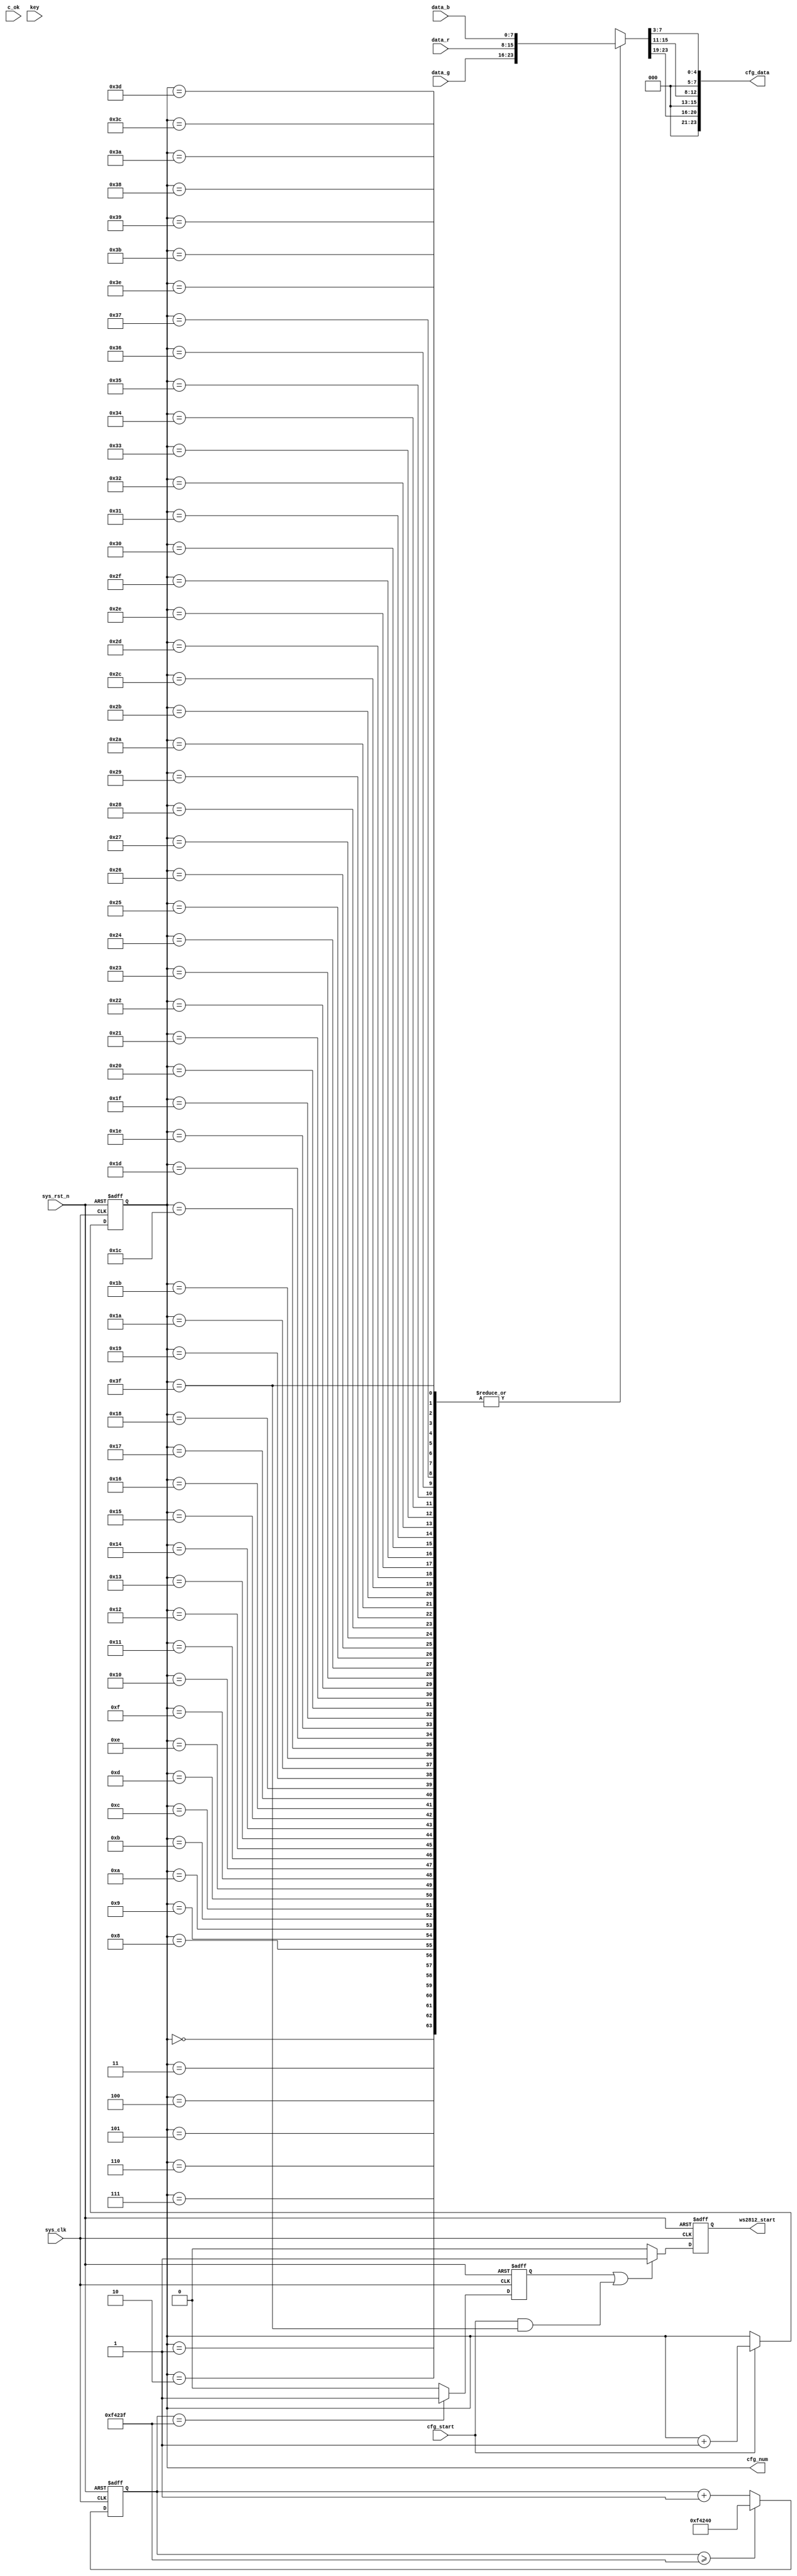
module  ws2812_draw
(
	input	wire			sys_clk			,
	input	wire			sys_rst_n		,
	input	wire			cfg_start		,	//配置模块开始工作指示的单脉冲信号，由控制模块产生
	input	wire	[7:0]	data_r			,	//红色分量
	input	wire	[7:0]	data_g			,	//绿色分量
	input	wire	[7:0]	data_b			,	//蓝色分量
	input	wire			c_ok			,
	input	wire	[4:0]	key				,	//五个功能按键
	output	reg				ws2812_start	,	//控制模块开始工作指示的单脉冲信号，由配置模块产生
	output	reg		[5:0]	cfg_num			,	//配置的8x8点阵个数，最大值64-1
	output			[23:0]	cfg_data			//待显示的颜色数据
);

localparam	CNT_WAIT_MAX  =  20'd1_000_000  ;	//上电等待20ms，自行设定
reg		[5:0]	now_index;
wire	[23:0]	data_draw[63:0]			;
wire	[23:0]	data_background[63:0]	;
reg		[19:0]	cnt_wait  				;			//上电等待计数器，等待20ms后一直保持最大值
reg				start_en  				;			//上电等待结束开始工作信号
reg				flash_en				;
reg				select_en				;
//光标坐标控制
always @(posedge sys_clk or negedge sys_rst_n) begin
	if (!sys_rst_n)begin
		now_index <= 6'b0;
	end
	else begin
		case (key[3:0])
			4'b0001:begin
				if (now_index < 6'd8)begin
					now_index <= now_index + (6'd64 - 6'd8);
				end
				else begin
					now_index <= now_index - 6'd8;
				end
			end
			4'b0010:begin
				if (now_index >= 6'd56)begin
					now_index <= now_index - (6'd64 - 6'd8);
				end
				else begin
					now_index <= now_index + 6'd8;
				end
			end
			4'b0100:begin
				if (now_index % 8 == 6'd0)begin
					now_index <= now_index + 6'd7;
				end
				else begin
					now_index <= now_index - 6'd1;
				end
			end
			4'b1000:begin
				if ((now_index+1)%8 == 6'd0)begin
					now_index <= now_index - 6'd7;
				end
				else begin
					now_index <= now_index + 6'd1;
				end
			end 
			default: begin
			end
					
		endcase
	end
end


always @(posedge sys_clk or negedge sys_rst_n) begin
	if (!sys_rst_n)begin
		flash_en <= 1'b0;
	end
	else begin
		if (c_ok)begin
			flash_en <= ~flash_en;
		end
		else begin
			flash_en <= flash_en;
		end
	end
end

always@(posedge sys_clk or negedge sys_rst_n)
	if(sys_rst_n == 1'b0)
		cnt_wait  <=  20'd0  ;
	else  if(cnt_wait >= CNT_WAIT_MAX - 1'b1)
		cnt_wait  <=  CNT_WAIT_MAX  ;
	else
		cnt_wait  <=  cnt_wait + 1'b1  ;
		
always@(posedge sys_clk or negedge sys_rst_n)
	if(sys_rst_n == 1'b0)
		start_en  <=  1'b0  ;
	else  if(cnt_wait == CNT_WAIT_MAX - 1'b1)
		start_en  <=  1'b1  ;
	else
		start_en  <=  1'b0  ;
		
always@(posedge sys_clk or negedge sys_rst_n)
	if(sys_rst_n == 1'b0)
		ws2812_start  <=  1'b0  ;
	else  if((start_en == 1'b1)||((cfg_start == 1'b1)&&(cfg_num == 6'd63)))
		ws2812_start  <=  1'b1  ;
	else
		ws2812_start  <=  1'b0  ;
		
always@(posedge sys_clk or negedge sys_rst_n)
	if(sys_rst_n == 1'b0)
		cfg_num  <=  6'd0  ;
	else  if(cfg_start == 1'b1)
		cfg_num  <=  cfg_num + 1'b1  ;
	else
		cfg_num  <=  cfg_num  ;

//选择显示的字母和颜色类型
//r_valid有效显示红色“R”
//g_valid有效显示绿色"G"
//b_valid有效显示蓝色"B"
//三种信号均无效显示白色"N"	
//RGB每一位向右移5位是在不改变显示颜色条件下减小显示亮度，否则发光太刺眼




assign cfg_data  =  {(data_draw[cfg_num][23:16] >> 3),(data_draw[cfg_num][15:8] >> 3),(data_draw[cfg_num][7:0] >> 3)}  ;
genvar k;
genvar j;
parameter len = 4'd4;
generate
    for (k = 0; k < 64; k = k + 1) begin : data_gen
            assign data_draw[k] =(k == now_index && flash_en == 1'b1) ? {data_g,data_r,data_b}: data_background[k];
			assign data_background[k] = (sys_rst_n==1'b0)?{8'h00,8'h00,8'h00}:((key[4]==1'b1)?data_draw[k]:data_background[k]);
    end
endgenerate

//默认显示字母“N”

endmodule